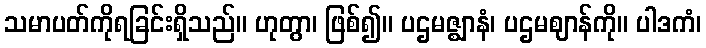
သမာပတ်ကိုရခြင်းရှိသည်။ ဟုတွာ၊ ဖြစ်၍။ ပဌမဇ္ဈာနံ၊ ပဌမဈာန်ကို။ ပါဒကံ၊